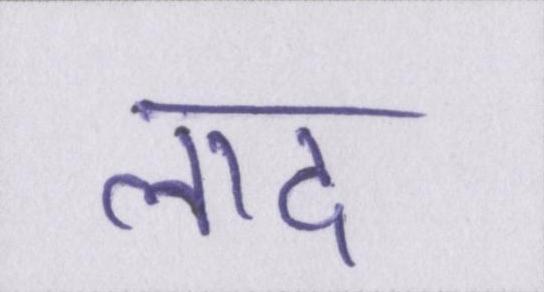
लाद